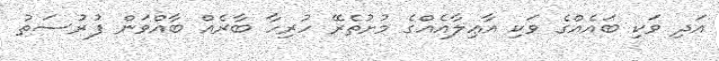
އަދި ވަކި ބައެއްގެ ވަކި އާޢިލާއެއްގެ މުށުތެރޭ ހުރިހާ ބާރެއް ބާއްވަން ފުރުސަތު